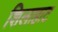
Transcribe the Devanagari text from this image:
शिलाहाट